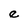
Character: e